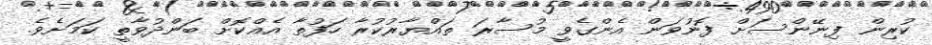
ކުރިން ފިނޭންސަށް ފޮނުވަން އެންގެވީ މުސާރަ ތައްޔާރުކުރާ ހަފުތާ އެއްކޮށް ބަންދުވާތީ ކަމަށެވެ.